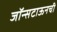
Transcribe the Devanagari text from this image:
जॉन्सटाऊनची